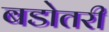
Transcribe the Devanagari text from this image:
बडोतरी